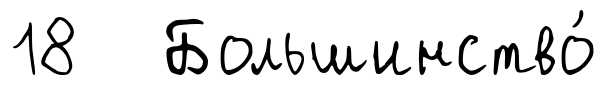
18 Большинство́